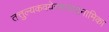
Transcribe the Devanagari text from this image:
तत्तुल्यकवयेरभावादनामिका